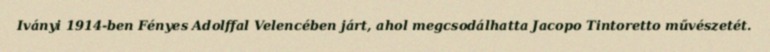
Iványi 1914-ben Fényes Adolffal Velencében járt, ahol megcsodálhatta Jacopo Tintoretto művészetét.